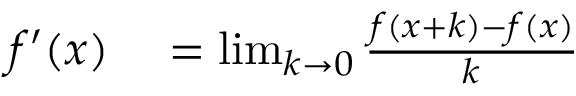
\begin{array} { r l } { f ^ { \prime } ( x ) } & { { } = \operatorname* { l i m } _ { k \to 0 } { \frac { f ( x + k ) - f ( x ) } { k } } } \end{array}